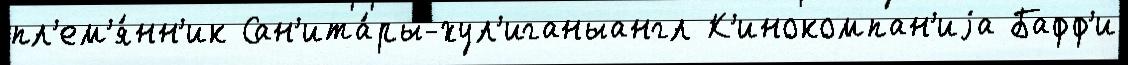
пл'ем'я́нн'ик Сан'ита́ры-хул'иганыангл К'инокомпан'иjа Бафф'и